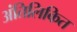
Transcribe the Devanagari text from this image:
अंतिलिकित